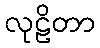
လုဠိတာ